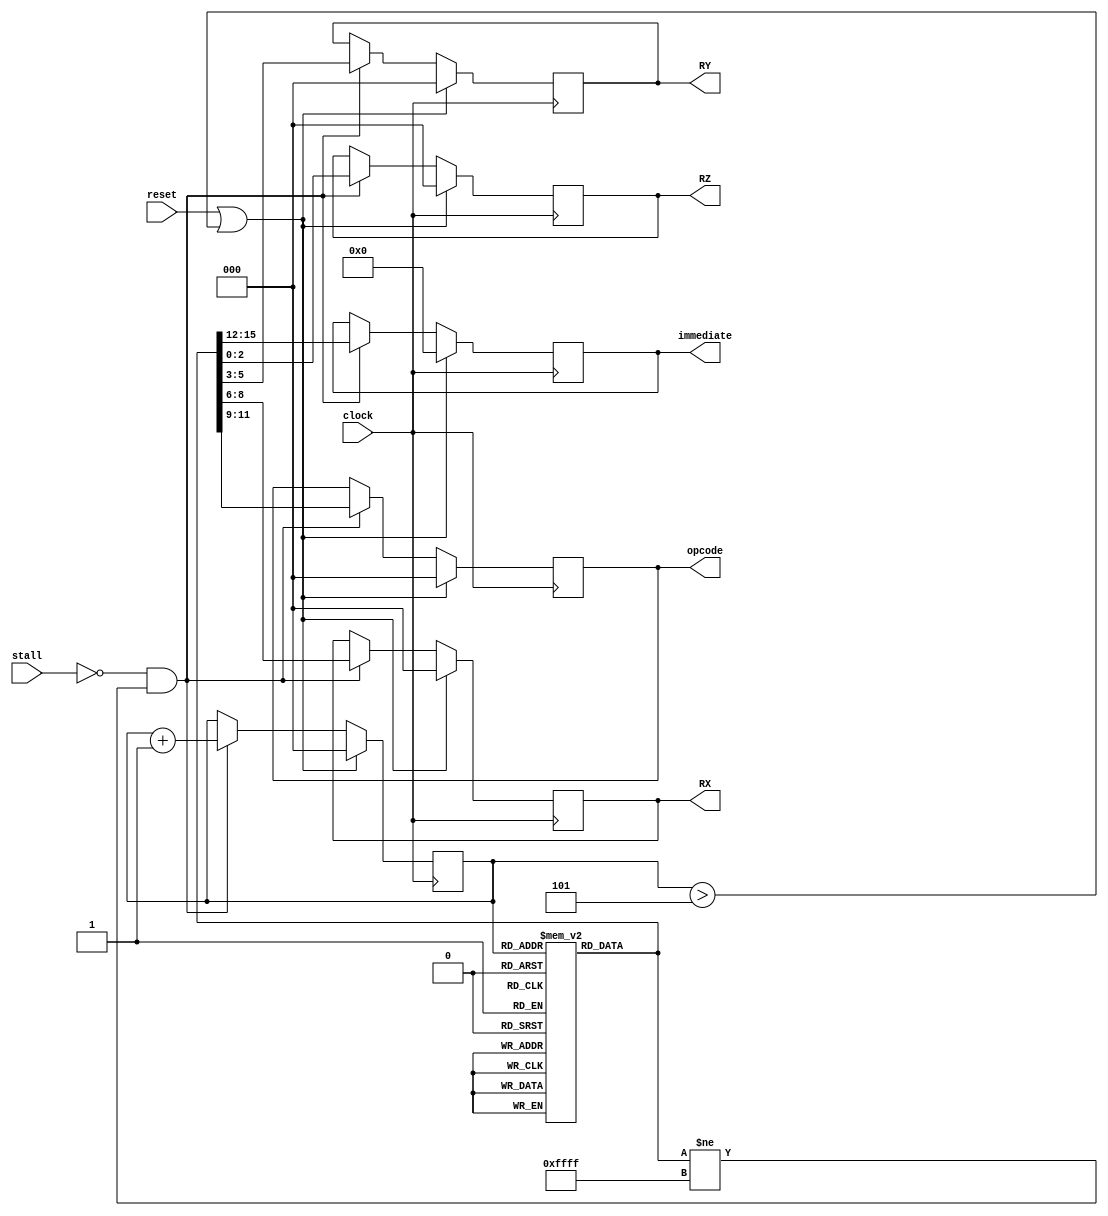
module InstructionQueue(
	input clock,
	input reset,
	input stall,
	output reg [2:0] opcode,
	output reg [2:0] RX,
	output reg [2:0] RY,
	output reg [2:0] RZ,
	output reg [3:0] immediate
);

// Memria de Instrues - Matriz 5x16
reg[15:0] InstructionMemory[4:0];

// Contador
reg[2:0] counter;

// Instrues -> Immediate[15:12], Opcode[11:9], RX[8:6], RY[5:3], RZ[2:0]

// Registradores
// R0 -> 000 
// R1 -> 001
// R2 -> 010

// Opcode Instrues
// ADD -> 000
// SUB -> 001
// LD  -> 010
// SD  -> 011

// Teste A
// ADD R0, R1, R2 -> 0000000000001010
// SUB R1, R0, R1 -> 0000001001000001

// Teste B e D
// SUB R0, R1, R2 -> 0000001000001010
// ADD R0, R1, R2 -> 0000000000001010

// Teste C
// SUB R0, R1, R2 -> 0000001000001010
// LD R1, 1(R2)   -> 0001010001010111

// Teste E
// ADD R0, R1, R2 -> 0000000000001010
// ADD R1, R0, R2 -> 0000000001000010  
// LD R1, 1(R0)   -> 0001010001000111

// Teste F
// SUB R0, R1, R2 -> 0000001000001010
// LD R1, 1(R2)   -> 0001010001010111
// LD R1, 3(R2)   -> 0011010001010111
// SUB R1, R0, R1 -> 0000001001000001
// ADD R0, R1, R2 -> 0000000000001010

// Teste G
// SD R2, 1(R1) -> 0001011010001111
// LD R0, 1(R1) -> 0001010000001111


initial begin

	// Inicializando o Contador
	counter <= 0;
	
	// Inicializando a Memria de Instrues
	InstructionMemory[0] <= 16'b0000000000001010; // ADD R0, R1, R2
	InstructionMemory[1] <= 16'b0000000001000010; // ADD R1, R0, R2
	InstructionMemory[2] <= 16'b0001010001000111; // LD R1, 1(R0)
	InstructionMemory[3] <= 16'b1111111111111111;
	InstructionMemory[4] <= 16'b1111111111111111;
	
end

always @(posedge clock) begin
	
	if (reset == 1'b1 || counter > 3'b101) begin
		
		// Resetando as variveis
		opcode <= 3'b000;
		RX <= 3'b000;
		RY <= 3'b000;
		RZ <= 3'b000;
		immediate <= 4'b0000;
		counter <= 3'b000;
		
	end
	
	else if (stall == 1'b0 && InstructionMemory[counter] != 16'b1111111111111111) begin
	
		// TODO
		// Despachar apenas se a instruo for vlida (!= 16'b1111111111111111)
		
		// Existe posio disponvel na estao de reserva
		opcode <= InstructionMemory[counter][11:9];
		RX <= InstructionMemory[counter][8:6];
		RY <= InstructionMemory[counter][5:3];
		RZ <= InstructionMemory[counter][2:0];
		immediate <= InstructionMemory[counter][15:12];
		
		// Incrementa o Contador
		counter <= counter + 1'b1;
		
	end
	
	// Uma outra opo seria salvar os valores dos regs em output quando stall == 1
	// e salva os valores da memria no output quando stall == 0
	
end

endmodule